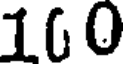
100